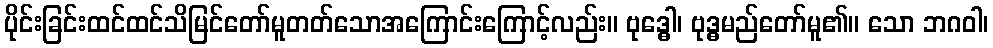
ပိုင်းခြင်းထင်ထင်သိမြင်တော်မူတတ်သောအကြောင်းကြောင့်လည်း။ ဗုဒ္ဓေါ၊ ဗုဒ္ဓမည်တော်မူ၏။ သော ဘဂဝါ၊